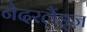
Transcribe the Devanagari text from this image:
नेदरलैंड्ज़